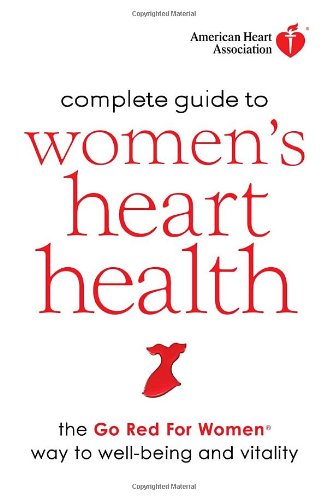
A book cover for American Heart Association Complete Guide to Women's Heart Health: The Go Red for Women Way to Well-Being & Vitality; American Heart Association; Health, Fitness & Dieting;